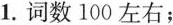
1.词数100左右；